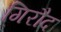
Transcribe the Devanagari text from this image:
गिरौद